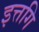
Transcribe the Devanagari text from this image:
इत्तगि